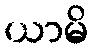
ယာမိ